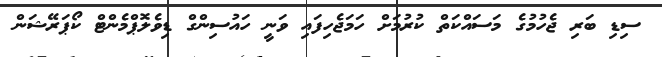
ސިޑި ބަރި ޖެހުމުގެ މަސައްކަތް ކުރުމަށް ހަމަޖެހިފައި ވަނީ ހައުސިންގް ޑިވެލޮޕްމެންޓް ކޯޕަރޭޝަން